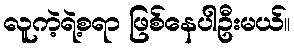
လူကဲ့ရဲ့စရာ ဖြစ်နေပါဦးမယ်။